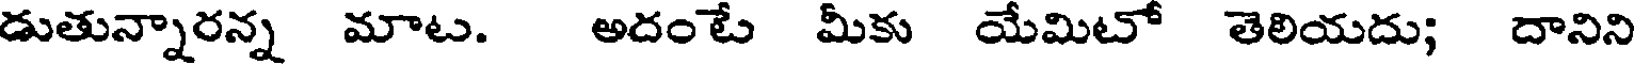
డుతున్నారన్న మాట. అదంటే మీకు యేమిటో తెలియదు; దానిని